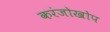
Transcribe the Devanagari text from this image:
करंजोखोप